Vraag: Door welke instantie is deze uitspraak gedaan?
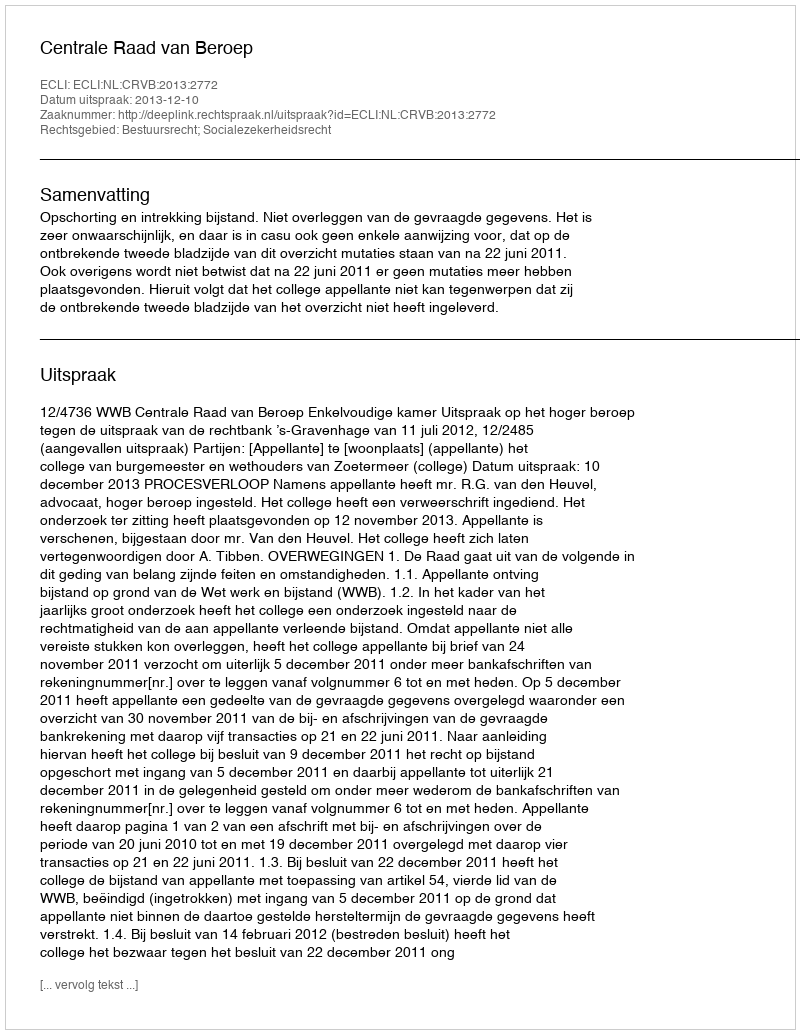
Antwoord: Centrale Raad van Beroep